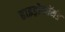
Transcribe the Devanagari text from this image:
हाइड्रोफॉर्मड